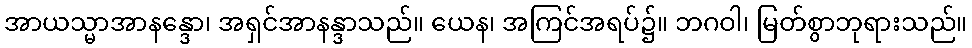
အာယသ္မာအာနန္ဒော၊ အရှင်အာနန္ဒာသည်။ ယေန၊ အကြင်အရပ်၌။ ဘဂဝါ၊ မြတ်စွာဘုရားသည်။